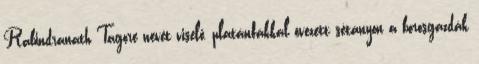
Rabindranath Tagore nevét viselő, platánfákkal övezett sétányon a borosgazdák